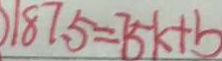
1 8 7 . 5 = 7 5 k + b